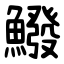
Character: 鱍